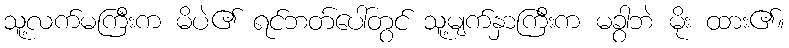
သူ့လက်မကြီးက မိပဲ၏ ရင်ဘတ်ပေါ်တွင် သူ့မျက်နှာကြီးက မခွာဘဲ မိုး ထား၏။